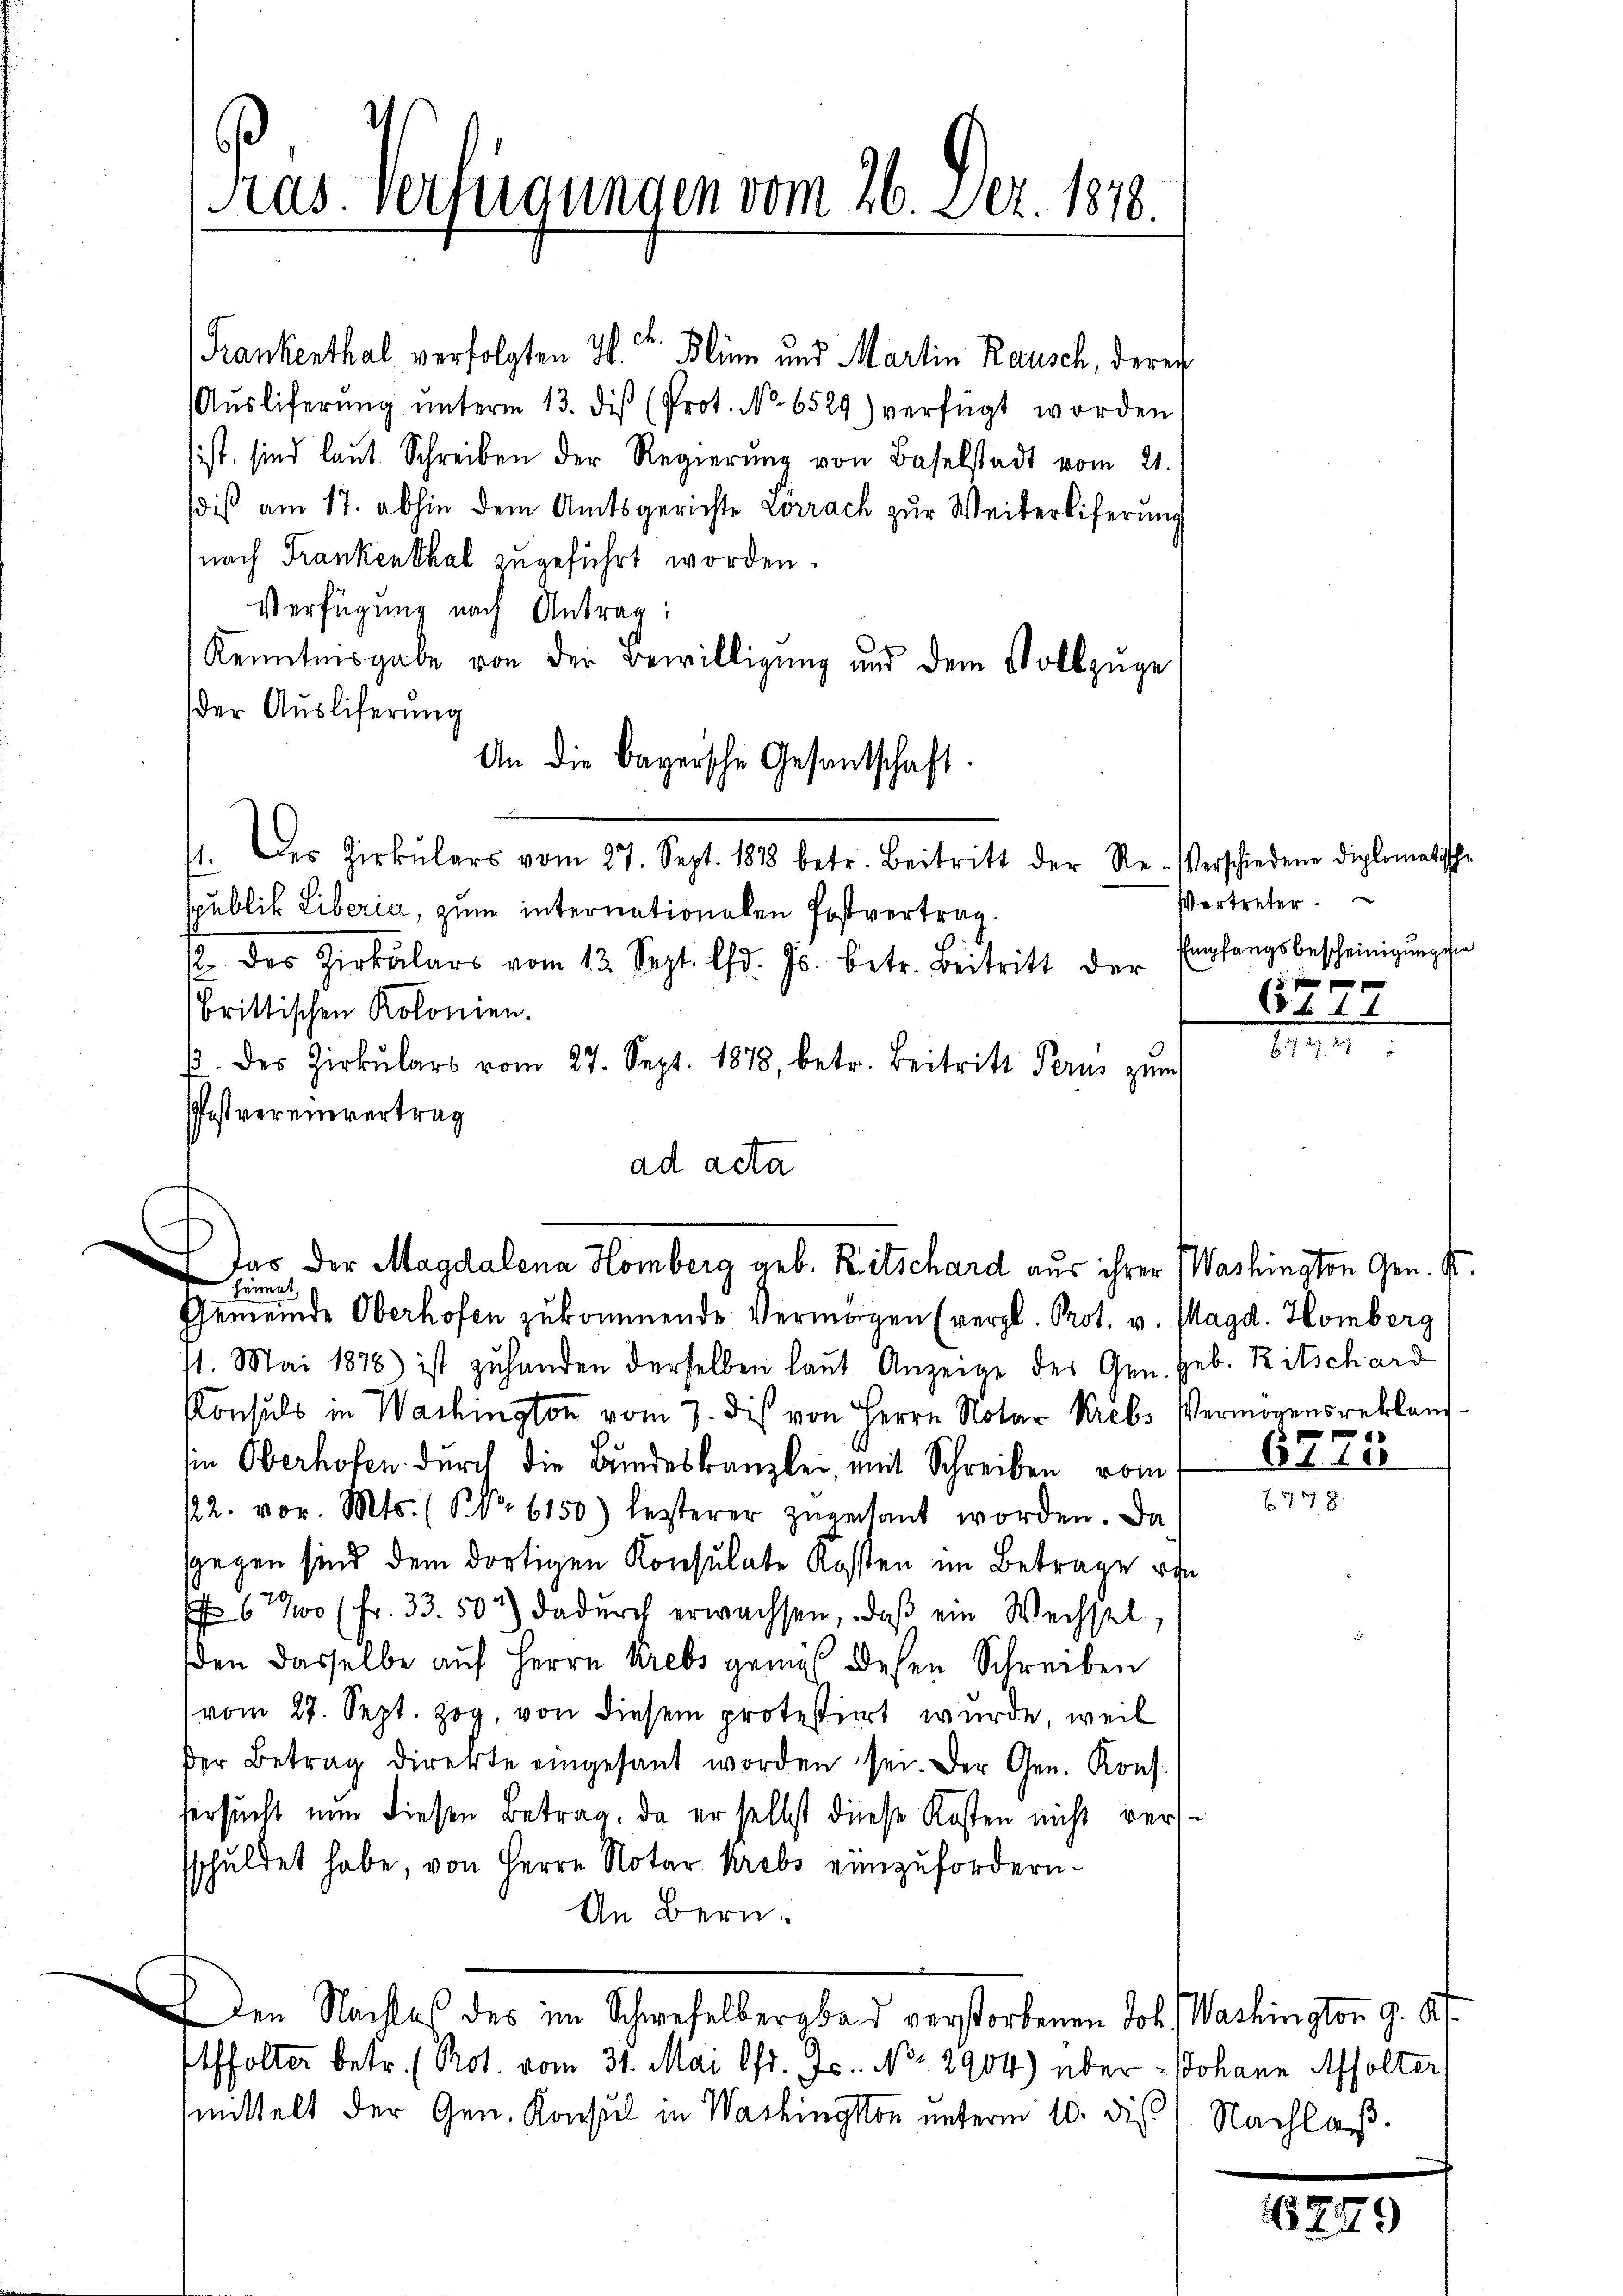
Pras Verfügungen vom 26. Dez. 1810.

Frankenthal verfolgten H. v. Plin und Martin Rausch, derech
Aŭsliferŭng ŭnterm 13. diβ (Prot. No. 6529) verfügt worden
sist, sind laut Schreiben der Regierŭng von Baselstadt vom 21.
diß am 17. abhin dem Amtsgerichte Lorrach zur Weiterliferung
nach Frankenthal zugeführt worden.
Verfügung nach Antrag
Kenntnisgabe von der Bewilligung und dem Vollzuge
der Ausliferung
An die Bayersche Gesantschaft
. Der Zirkŭlars vom 27. Sept. 1878 betr. Beitritt der Re-Verschiedene diplomatische
spublik Liberia, zum internationalen Postvertrag.
. des Zirkulars vom 13. Sept. lfd. Js. betr. Beitritt der
brittischen Kolonien.
/. des Zirkŭlars vom 27. Sept. 1878, betr. Beitritt Perus zŭm
Postvereinvertrag
ad acta

Das der Magdalena Homberg geb. Ritschard aus ihrer Washington Gen. Sr.
Heimat,

11. Mai 1876) ist zuhanden derselben laut Anzeige der Gen. geb. Ritschard
Konsuls in Washington vom 7. dis von Herrn Notar Krebs Vermögensreklang
sin Oberhofen durch die Bundeskanzlei, mit Schreiben vom
/22. vor. Mts. (NNr 6150) besterer zŭgestant worden. Da
sgegen sind dem dortigen Konsulate Kosten im Betrage ein
 630 Fr. 33. 50) dadurch erwachsen, daß ein Wechsel,
den dasselbe auf Herrn Krebs gemäß desen Schreiben
vom 27. Sept. zog, von diesem protestiert wurde, weil
der Betrag direkte eingesant worden sei. Der Gen. Kons.
fersucht nun diesen Betrag, da er selbst diese Kosten nicht verssschuldet habe, von Herrn Notar Krebs einzufordern.
An Bern.

Gemeinde Oberhofen zukommende Vermögen (vergl. Prot. v. Magd. Homberg

Affolter betr. Prot. vom 31. Mai lfd. Js. No. 2904) über Johann Affolter,
mittelt der Gen. Konsul in Washington unterm 10. di

den Nachtes des im Schwefelbergbad verstorbenen Joh. Washington 9. A

Vertreter.
Empfangsbescheinigung die
11 f 0 x x
60.

6775
778

Nachlaß.

1749